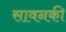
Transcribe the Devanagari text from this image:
सावनकी